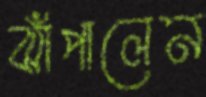
ঝাঁপালেন